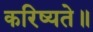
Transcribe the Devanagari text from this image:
करिष्यते॥